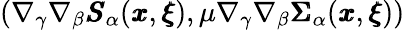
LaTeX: (\nabla_{\gamma}\nabla_{\beta}{\pmb S}_{\alpha}({\pmb x},{\pmb\xi}),\mu\nabla_{\gamma}\nabla_{\beta}{\pmb\Sigma}_{\alpha}({\pmb x},{\pmb\xi}))